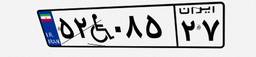
۳۰W۰۲۶۷۹